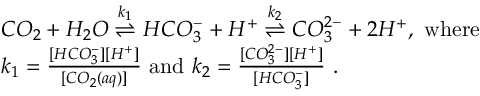
\begin{array} { r l } & { C O _ { 2 } + H _ { 2 } O \overset { k _ { 1 } } { \rightleftharpoons } H C O _ { 3 } ^ { - } + H ^ { + } \overset { k _ { 2 } } { \rightleftharpoons } C O _ { 3 } ^ { 2 - } + 2 H ^ { + } , \mathrm { ~ w h e r e ~ } } \\ & { k _ { 1 } = \frac { [ H C O _ { 3 } ^ { - } ] [ H ^ { + } ] } { [ C O _ { 2 } ( a q ) ] } \mathrm { ~ a n d ~ } k _ { 2 } = \frac { [ C O _ { 3 } ^ { 2 - } ] [ H ^ { + } ] } { [ H C O _ { 3 } ^ { - } ] } \mathrm { ~ . } } \end{array}